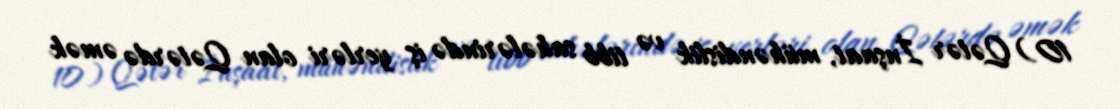
10) Qətər İnşaat, mühəndislik və tibb sahələrində iş yerləri olan Qətərdə əmək